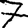
Digit: 7